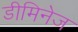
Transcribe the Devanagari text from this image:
डीमिनेज